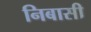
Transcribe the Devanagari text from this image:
निबासी